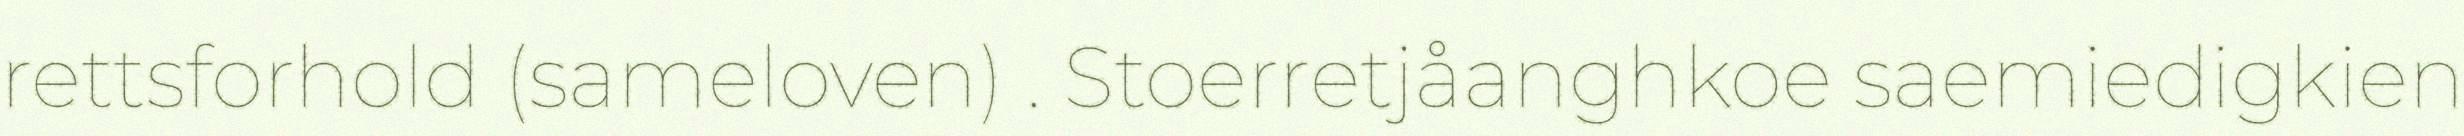
rettsforhold (sameloven) . Stoerretjåanghkoe saemiedigkien